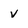
Character: v